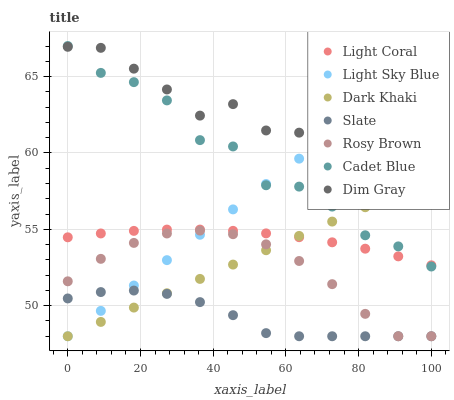
| xaxis_label | Light Coral | Light Sky Blue | Dark Khaki | Slate | Rosy Brown | Cadet Blue | Dim Gray |
 | --- | --- | --- | --- | --- | --- | --- | --- |
 | 0 | 54.5 | 48 | 48 | 50.5 | 51.6 | 67 | 66.9 |
 | 9.09 | 54.7 | 49.7 | 48.9 | 50.9 | 53.1 | 65.2 | 66.9 |
 | 18.2 | 54.9 | 51.3 | 49.9 | 51 | 54.1 | 64.6 | 65.5 |
 | 27.3 | 55 | 53 | 50.8 | 50.8 | 54.7 | 63.4 | 64.2 |
 | 36.4 | 55 | 54.6 | 51.8 | 50.2 | 54.9 | 60.8 | 62.4 |
 | 45.5 | 54.9 | 56.3 | 52.7 | 49.4 | 54.7 | 60.4 | 63.2 |
 | 54.5 | 54.7 | 58 | 53.6 | 48.2 | 54 | 57.9 | 61.5 |
 | 63.6 | 54.5 | 59.6 | 54.6 | 48 | 52.9 | 57.8 | 61.3 |
 | 72.7 | 54.1 | 61.3 | 55.5 | 48 | 51.4 | 56.5 | 59.6 |
 | 81.8 | 53.7 | 62.9 | 56.4 | 48 | 49.5 | 54.6 | 58.7 |
 | 90.9 | 53.2 | 64.6 | 57.4 | 48 | 48 | 53.9 | 56.9 |
 | 100 | 52.6 | 66.3 | 58.3 | 48 | 48 | 52.6 | 56.7 |